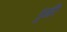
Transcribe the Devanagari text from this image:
डुंगरि